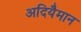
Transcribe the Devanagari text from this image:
अदियैमान